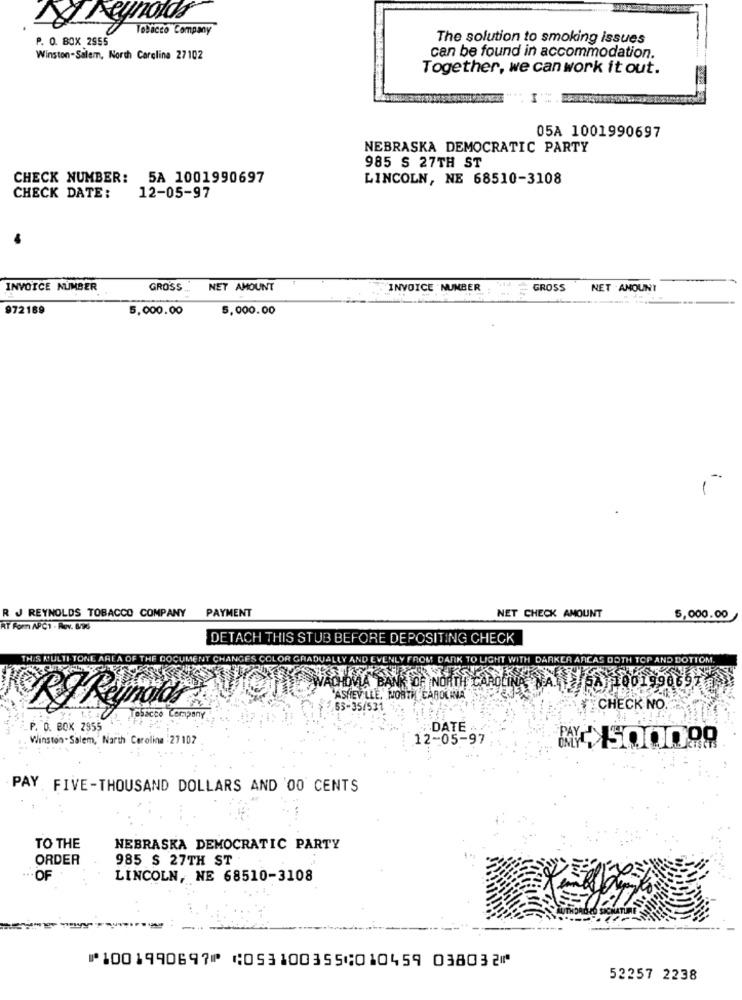
Reynolds
P. O. BOX 2555
Tobacco Company
The solution to smoking issues
Winston-Salem, North Carolina 27102
can be found in accommodation.
Together, we can work it out.
05A 1001990697
NEBRASKA DEMOCRATIC PARTY
985 S 27TH ST
CHECK NUMBER: 5A 1001990697
LINCOLN, NE 68510-3108
CHECK DATE:
12-05-97
INVOICE NUMBER
GROSS ..
NET AMOUNT
INVOICE NUMBER
GROSS
NET AMOUNT
972189
5,000.00
5,000.00
R J REYNOLDS TOBACCO COMPANY PAYMENT
NET CHECK AMOUNT
5,000.00
RT Romm APC1 - Rev. 8/96
DETACH THIS STUB BEFORE DEPOSITING CHECK
THIS MULTI-TONE
A OF THE
DOCUMENT CHANGES COLOR GRADU
ROM DANK TO LIGHT WITH DARKER ARCAS DOT
AND BOTTOM.
WASWACHOVIA BANK OF NORTH CAROLINA VALA 10019908
ASHEVILLE, NORTH CAROLINA
55-35/531
CHECK NO
Company
P. O. BOX 2955
DATE ..
Winston- Salem, North Carolina : 27 102
12-05-97
WX500099
PAY FIVE-THOUSAND DOLLARS AND '00 CENTS
TO THE
NEBRASKA DEMOCRATIC PARTY
ORDER
985 $ 27TH ST
... OF
LINCOLN, NE 68510-3108
⑈1001990697⑈ ⑆053100355⑆010459 038032⑈
52257 2238